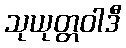
သုယုတ္တဝါဒီ